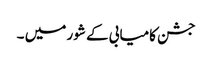
جشن کامیابی کے شور میں ۔